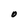
Character: O